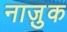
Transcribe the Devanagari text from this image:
नाजु़क